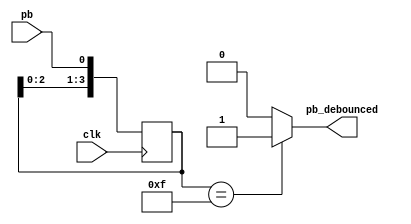
`timescale 1ns / 1ps
//////////////////////////////////////////////////////////////////////////////////
// Company: 
// Engineer: 
// 
// Design Name: 
// Module Name: debounces
// Project Name: 
// Target Devices: 
// Tool Versions: 
// Description: 
// 
// Dependencies: 
// 
// Revision:
// Revision 0.01 - File Created
// Additional Comments:
// 
//////////////////////////////////////////////////////////////////////////////////


module debounces(pb_debounced, pb, clk);
    output pb_debounced;
    input pb;
    input clk;
   
    reg[3:0] shift_reg;
   
    always@(posedge clk)
    begin
        shift_reg[3:1] <= shift_reg[2:0];
        shift_reg[0] <= pb;
    end
   
    assign pb_debounced = ((shift_reg == 4'b1111) ? 1'b1 : 1'b0);

endmodule